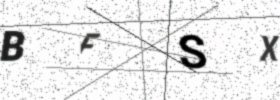
Text: BFSX